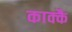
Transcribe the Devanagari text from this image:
काक्कै